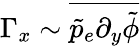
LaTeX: \Gamma_{x}\sim\overline{{\tilde{p}_{e}\partial_{y}\tilde{\phi}}}